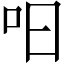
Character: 𱒈